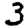
Digit: 3